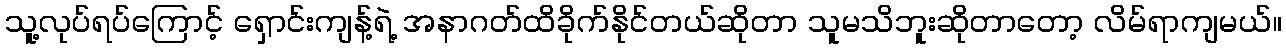
သူ့လုပ်ရပ်ကြောင့် ရှောင်းကျန့်ရဲ့ အနာဂတ်ထိခိုက်နိုင်တယ်ဆိုတာ သူမသိဘူးဆိုတာတော့ လိမ်ရာကျမယ်။